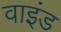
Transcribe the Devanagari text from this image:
वाइंड